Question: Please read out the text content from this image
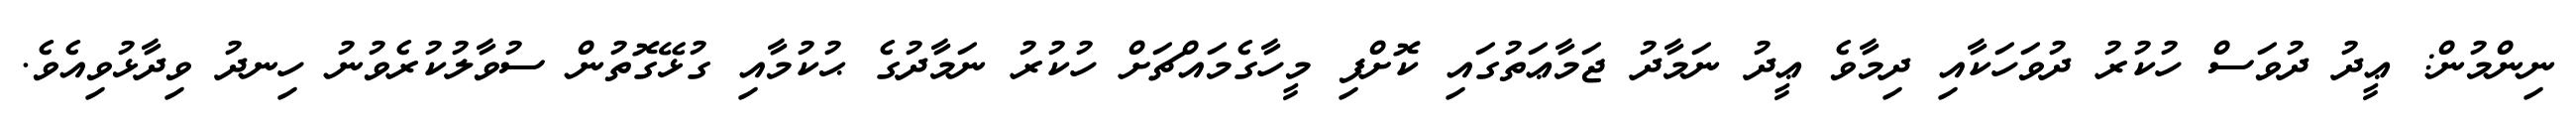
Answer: ނިންމުން: ޢީދު ދުވަސް ހުކުރު ދުވަހަކާއި ދިމާވެ ޢީދު ނަމާދު ޖަމާޢަތުގައި ކޮށްފި މީހާގެމައްޗަށް ހުކުރު ނަމާދުގެ ޙުކުމާއި ގުޅޭގޮތުން ސުވާލުކުރެވުނު ހިނދު ވިދާޅުވިއެވެ.